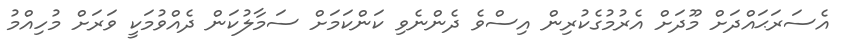
އެސަރަޙައްދަށް މޫދަށް އެރުމުގެކުރިން އިސްވެ ދެންނެވި ކަންކަމަށް ސަމާލުކަން ދެއްވުމަކީ ވަރަށް މުހިއްމު